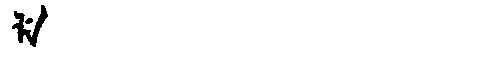
Manchu: ᠯᡝ
Romanization: LE